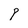
Character: 9